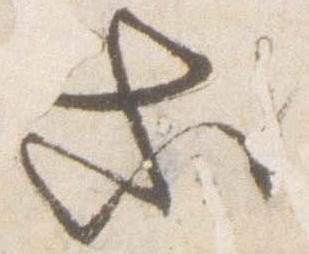
等